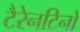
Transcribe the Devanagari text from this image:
टैरेनटिनो